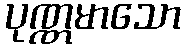
ပုဏ္ဏမာသော